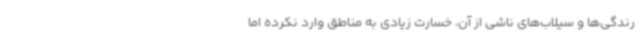
رندگی‌ها و سیلاب‌های ناشی از آن، خسارت زیادی به مناطق وارد نکرده اما